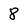
Character: 8